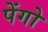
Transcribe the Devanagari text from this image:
पेंगो